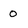
Character: 0